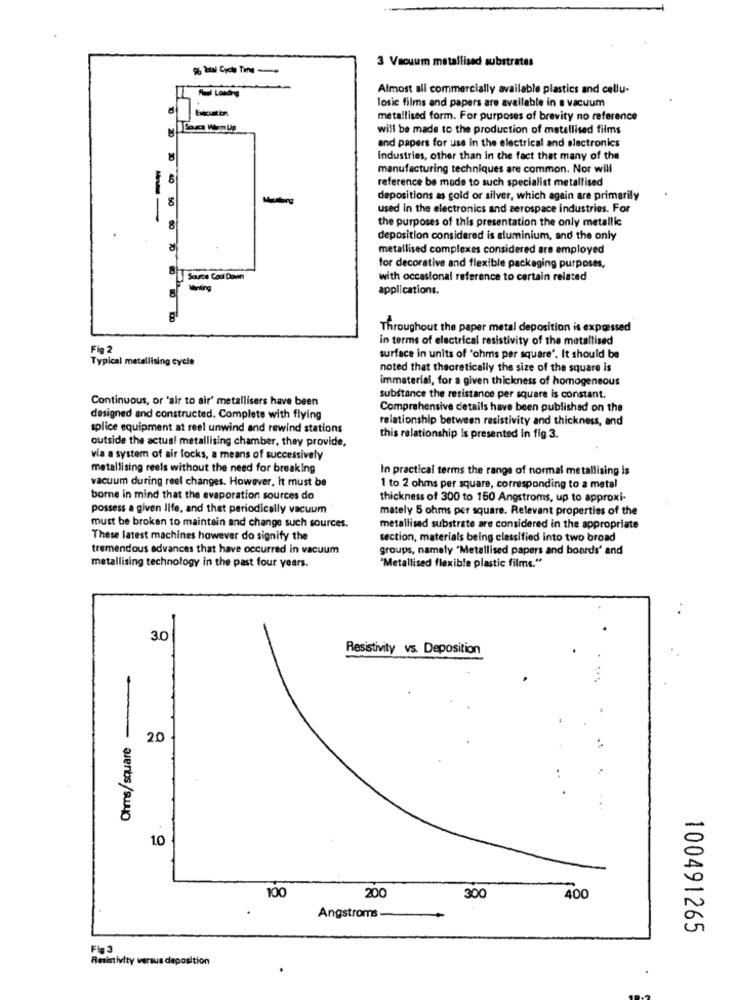
3 Vacuum metallised substrates
Pal Loading
Almost all commercially available plastics and cellu-
losic films and papers are available in a vacuum
metallised form. For purposes of brevity no reference
will be made to the production of metallised films
and papers for use in the electrical and electronics
8
Industries, other than in the fact that many of the
manufacturing techniques are common. Nor will
reference be made to such specialist metallised
depositions as gold or silver, which again are primarily
used in the electronics and aerospace industries. For
--
the purposes of this presentation the only metallic
8
deposition considered is aluminium, and the only
metallised complexes considered are employed
for decorative and flexible packaging purposes,
Source Cool Down
with occasional reference to certain related
30 40 50 60 70 80
applications.
Throughout the paper metal deposition is expressed
in terms of electrical resistivity of the metallised
Fig 2
Typical metallising cycle
surface in units of 'ohms per square'. It should be
noted that theoretically the size of the square is
immaterial, for a given thickness of homogeneous
Continuous, or 'air to air' metallisers have been
substance the resistance per square is constant.
Comprehensive details have been published on the
designed and constructed. Complete with flying
relationship between resistivity and thickness, and
splice equipment at reel unwind and rewind stations
outside the actual metallising chamber, they provide,
this relationship is presented in fig 3.
via a system of air locks, a means of successively
metallising reels without the need for breaking
In practical terms the range of normal metallising Is
vacuum during reel changes. However, it must be
1 to 2 ohms per square, corresponding to a metal
borne in mind that the evaporation sources do
thickness of 300 to 150 Angstroms, up to approxi-
possess a given life, and that periodically vacuum
mately 5 ohms per square. Relevant properties of the
must be broken to maintain and change such sources.
metallised substrate are considered in the appropriate
These latest machines however do signify the
section, materials being classified into two broad
tremendous advances that have occurred in vacuum
groups, namely "Metallised papers and boards' and
metallising technology in the past four years.
"Metallised flexible plastic films."
30
Resistivity vs. Deposition
-
Ohms/square
20
1.0
400
100
200
300
Angstroms
100491265
Fig 3
Resistivity versus deposition